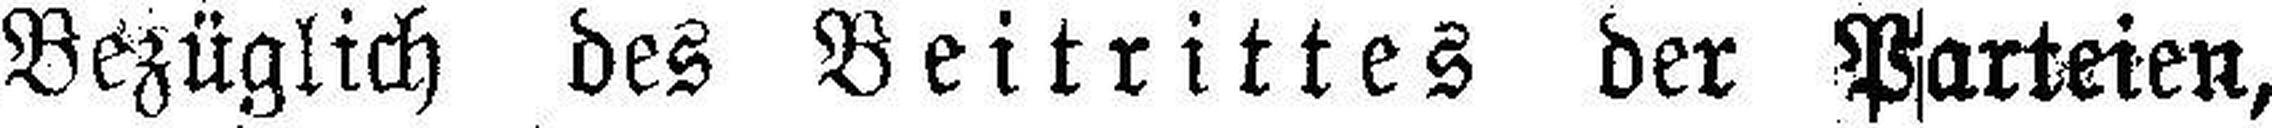
Bezüglich des Beitrittes der Parteien,